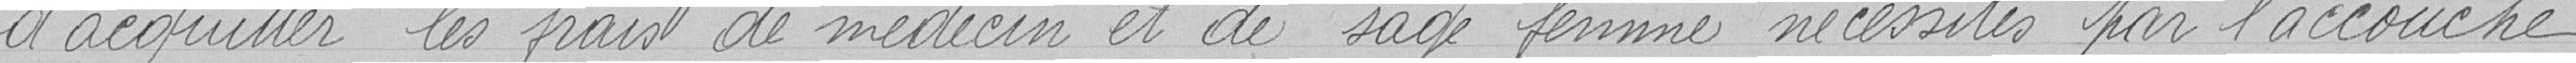
d'acquitter les frais de médecin et de sage-femme nécessités par l'accouche-